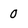
Character: 0